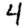
Digit: 4